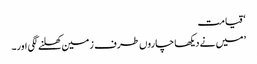
‘ قیامت
’میں نے دیکھا چاروں طرف زمین کھلنے لگی اور۔